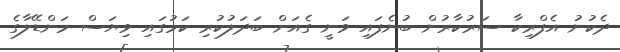
ދެކުނު އެފްރިކާ ސަރުކާރުން ބުނެފައި ވަނީ ގެއަށް ބަދަލުކުރި ކަމުގައި ވިޔަސް މަންޑޭލާގެ